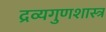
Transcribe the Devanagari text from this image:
द्रव्यगुणशास्त्र